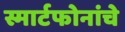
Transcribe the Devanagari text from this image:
स्मार्टफोनांचे